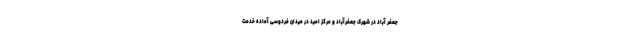
جعفر آباد در شهرک جعفرآباد و مرکز امید در میدان فردوسی آماده خدمت